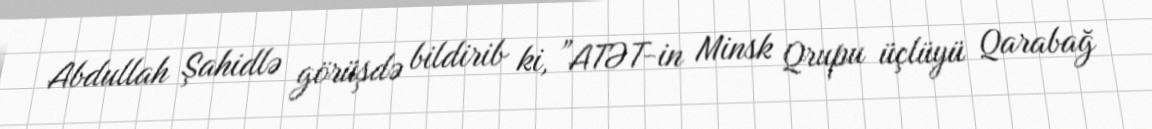
Abdullah Şahidlə görüşdə bildirib ki, ”ATƏT-in Minsk Qrupu üçlüyü Qarabağ